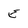
Character: E